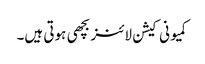
کمیونی کیشن لائنز بچھی ہوتی ہیں۔